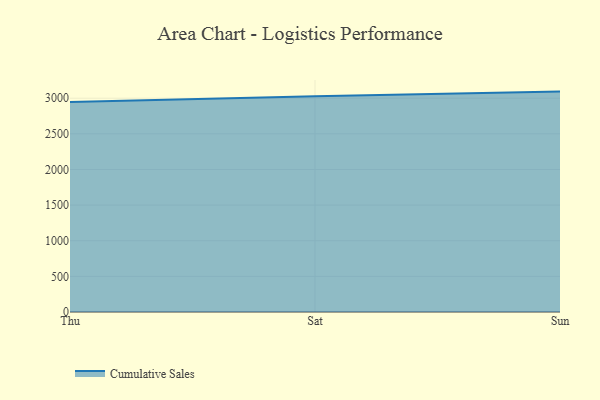
{"axis": {"x": "Day", "y": "Demand Index"}, "legend": ["Cumulative Sales"], "data": [{"x": "Thu", "y": 2945.4, "type": "Cumulative Sales"}, {"x": "Sat", "y": 3026.2, "type": "Cumulative Sales"}, {"x": "Sun", "y": 3092.8, "type": "Cumulative Sales"}]}